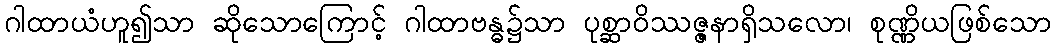
ဂါထာယံဟူ၍သာ ဆိုသောကြောင့် ဂါထာဗန္ဓ၌သာ ပုစ္ဆာဝိဿဇ္ဇနာရှိသလော၊ စုဏ္ဏိယဖြစ်သော